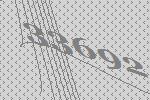
33692